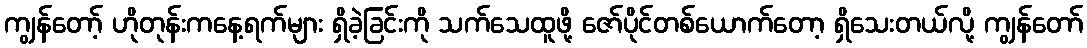
ကျွန်တော့် ဟိုတုန်းကနေ့ရက်များ ရှိခဲ့ခြင်းကို သက်သေထူဖို့ ဇော်ပိုင်တစ်ယောက်တော့ ရှိသေးတယ်လို့ ကျွန်တော်